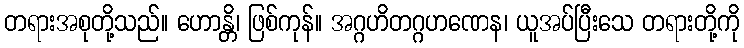
တရားအစုတို့သည်။ ဟောန္တိ၊ ဖြစ်ကုန်။ အဂ္ဂဟိတဂ္ဂဟဏေန၊ ယူအပ်ပြီးသေ တရားတို့ကို